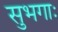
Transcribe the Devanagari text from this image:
सुभगाः